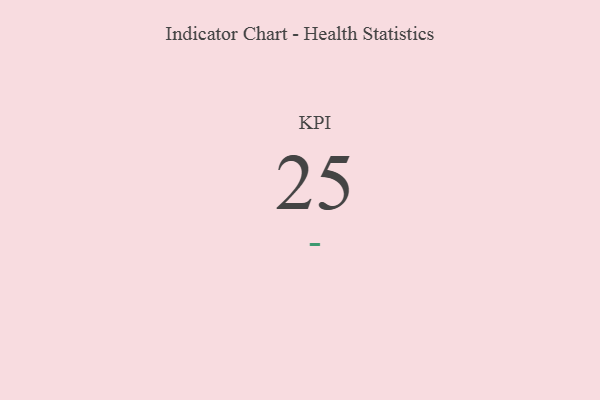
{"axis": {"x": "KPI", "y": "Value"}, "legend": [""], "data": [{"x": "KPI", "y": 25, "type": ""}]}